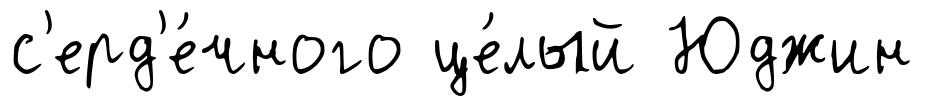
с'ерд'е́чного це́лый Юджин